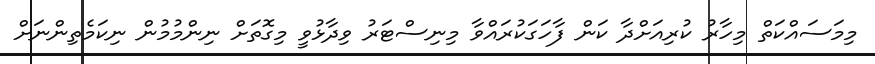
މިމަސައްކަތް މިހާރު ކުރިއަށްދާ ކަން ފާހަގަކުރައްވާ މިނިސްޓަރު ވިދާޅުވީ މިގޮތަށް ނިންމުމުން ނިކަމެތިންނަށް